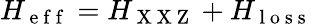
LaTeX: H_{\mathrm{~e~f~f~}}=H_{\mathrm{~X~X~Z~}}+H_{\mathrm{~l~o~s~s~}}